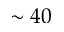
\sim 4 0